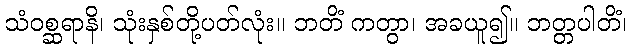
သံဝစ္ဆရာနိ၊ သုံးနှစ်တို့ပတ်လုံး။ ဘတိံ ကတွာ၊ အခယူ၍။ ဘတ္တပါတိံ၊